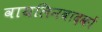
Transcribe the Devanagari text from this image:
वायलिनवादकों